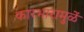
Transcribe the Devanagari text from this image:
कारभारामुळें